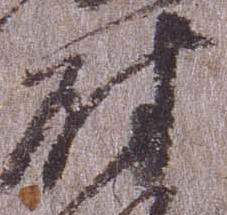
尉